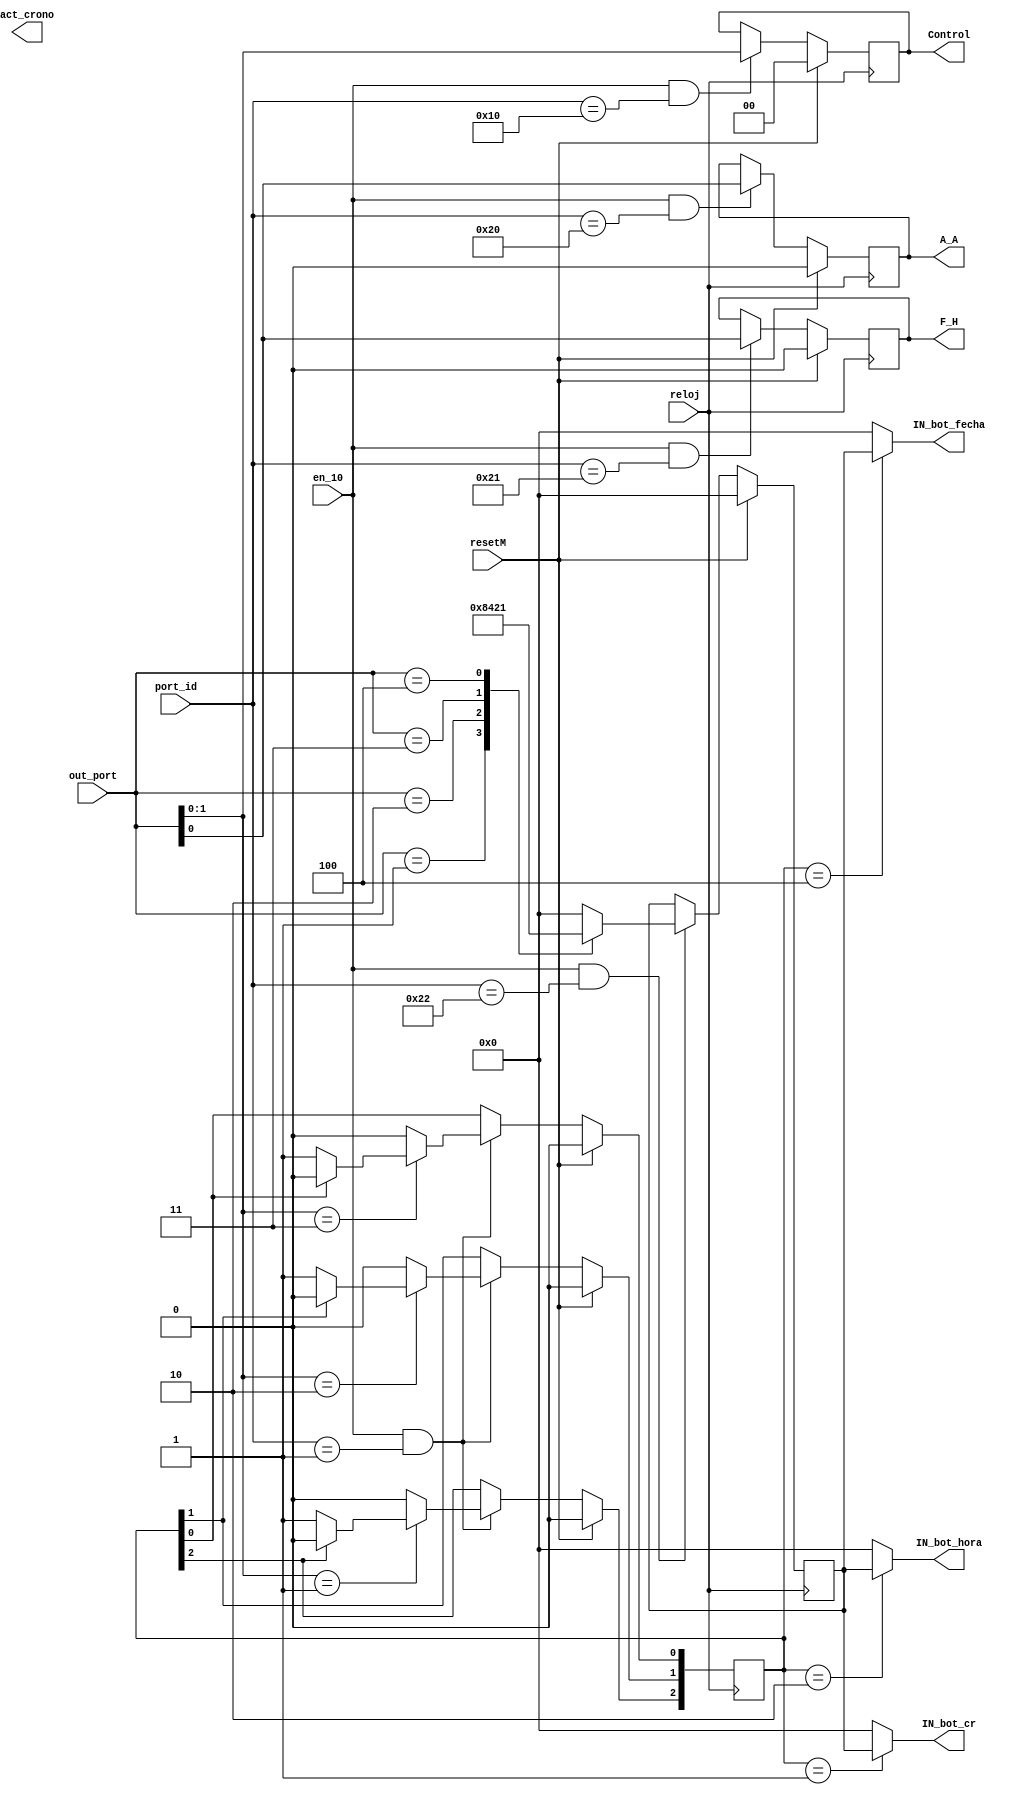
`timescale 1ns / 1ps
//////////////////////////////////////////////////////////////////////////////////
// Company: 
// Engineer: 
// 
// Design Name: 
// Module Name: dmux_control_2
// Project Name: 
// Target Devices: 
// Tool Versions: 
// Description: 
// 
// Dependencies: 
// 
// Revision:
// Revision 0.01 - File Created
// Additional Comments:
// 
//////////////////////////////////////////////////////////////////////////////////


module dmux_control_2(

    output [3:0] IN_bot_fecha, 
    output [3:0] IN_bot_hora,
    output [3:0] IN_bot_cr,
    output [1:0] Control,
    output A_A,
    output F_H,
    output act_crono,
    
    input resetM,
    input reloj,
    input [7:0] port_id,
    input [7:0] out_port,
    input en_10

    );
    
    reg [2:0] switch = 3'b00;
    reg [3:0] botones = 4'b0000;
    reg [3:0] in_bot_fecha = 4'h0;
    reg [3:0] in_bot_hora = 4'h0;
    reg [3:0] in_bot_cr = 4'h0;
    reg [1:0] Control_reg;
    reg A_A_reg;
    reg F_H_reg;
    reg act_crono_reg;
    
    wire [2:0] switch_w;
    
    
    assign switch_w = switch;
  
    assign IN_bot_fecha = in_bot_fecha;
    assign IN_bot_hora = in_bot_hora;
    assign IN_bot_cr = in_bot_cr;
    assign Control = Control_reg;
    assign A_A = A_A_reg;
    assign F_H = F_H_reg;
    


///agarrar dato de switchs    
    
    always @(posedge reloj)  
    begin
    
    if(resetM)
    switch <= 3'b000;
    
    else if (en_10 && port_id == 8'h01)
        begin
        
        case (out_port[1:0])
        
              2'b01  : begin
                          if(switch_w[2])
                          
                          begin                         
                          switch <= 3'b000;
                          end
                          
                          else 
                          switch[2] <= 1;
                          switch[1] <= 0;
                          switch[0] <= 0;                          
                          begin
                          
                          end
                                          
                       end
              2'b10  : begin
                        if(switch_w[1])
              
                        begin                         
                        switch <= 3'b000;
                        end
              
                        else 
                        begin
                        switch[2] <= 0;
                        switch[1] <= 1;
                        switch[0] <= 0;                          
                        end
                        
                       end
              
              2'b11: begin
                        if(switch_w[0])
    
                        begin                         
                        switch <= 3'b000;
                        end
    
                        else 
                        begin
                        switch[2] <= 0;
                        switch[1] <= 0;
                        switch[0] <= 1;                          
                        end
                        
                       end
                       
               default:
                        begin                         
                        switch <= 3'b000;
                        end               
               
               
               
        
        endcase 
        
        end
    
    else 
        begin
         switch <= switch;     
        
        end
    
    end
    
    
 ///////// agarrar dato de botones   

always @(posedge reloj)
begin

if (resetM)
    botones <= 4'h0;
    
else if(en_10 && port_id == 8'h22)
    begin
    
    case(out_port)
    
    8'h01:
    begin 
    botones <= 4'b1000;
    end
    
    8'h02:
    begin 
    botones <= 4'b0100;
    end    
    
    8'h03:
    begin 
    botones <= 4'b0010;
    end
    
    8'h04:
    begin 
    botones <= 4'b0001;
    end
    
    
    default:
    begin 
    botones <= 4'b0000;
    end            
    
    
    endcase
    
    end

else 
    botones <= botones;

end


 //////// dmux de botones hacia modulos  
    
    always @(*)
       begin
           case (switch)  
               3'b100 : begin
                           in_bot_fecha <= botones;
                           in_bot_hora <= 4'b0000;
                           in_bot_cr <= 4'b0000;
                           
                         end
               3'b010 : begin
                           in_bot_fecha <= 4'b0000;
                           in_bot_hora <= botones;
                           in_bot_cr <= 4'b0000;
                         end
               3'b001 : begin
                            in_bot_fecha <= 4'b0000;
                            in_bot_hora <= 4'b0000;
                            in_bot_cr <= botones;
                         end
               default:
                       begin
                          in_bot_fecha <= 4'b0000;
                          in_bot_hora <= 4'b0000;
                          in_bot_cr <= 4'b0000;
                         end
           endcase
       end     
    
    
////// agarrar dato de control    
    
always @(posedge reloj)
begin

if(resetM)
    Control_reg <= 0;
    
else if(en_10 && port_id == 8'h10)
    Control_reg = out_port[1:0];
    
else
    Control_reg <= Control_reg;

end  
    

////// agarrar dato de F_H 

always @(posedge reloj)
begin

if(resetM)
    F_H_reg <= 0;

else if(en_10 && port_id == 8'h21)
    F_H_reg <= out_port[0];
    
else 
    F_H_reg <= F_H_reg;

end    
    
    
    
    
    
////// agarrar dato de A_A

always @(posedge reloj)
begin

if(resetM)
    A_A_reg <= 0;

else if(en_10 && port_id == 8'h20)
    A_A_reg <= out_port[0];
    
else 
    A_A_reg <= A_A_reg;

end    
    
    
/////// agarrar dato act_crono    
        
always @(posedge reloj)
begin

if(resetM)
    act_crono_reg <= 0;

else if(en_10 && port_id == 8'h11)
    act_crono_reg <= out_port[0];
    
else 
    act_crono_reg <= act_crono_reg;

end      
    
    
    
    
endmodule